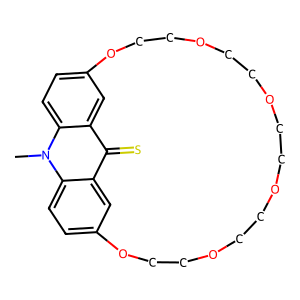
SMILES: Cn1c2ccc3cc2c(=S)c2cc(ccc21)OCCOCCOCCOCCOCCO3
Inhibits HIV replication: No